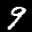
Label: 9